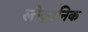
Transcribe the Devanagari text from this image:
लोज़ानिक